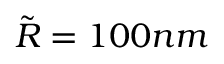
\tilde { R } = 1 0 0 n m